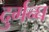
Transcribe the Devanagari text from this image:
दुर्गन्घ